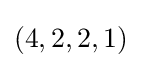
(4,2,2,1)